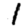
Digit: 1